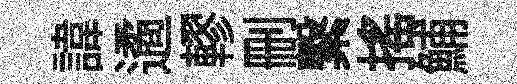
諱遹轇删繋摇鯆